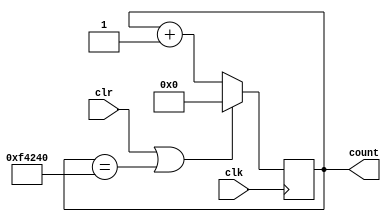
`timescale 1ns / 1ps

// Reference:  https://blog.digilentinc.com/how-to-control-a-servo-with-fpga/

module pwmcounter (
	input clr,
	input clk,
	output reg [19:0]count
);
    initial
    begin
    count<=0;
    end
    // Run on the positive edge of the clock
	always @ (posedge clk)
	begin
	    // If the clear button is being pressed or the count
	    // value has been reached, set count to 0.
	    // This constant depends on the refresh rate required by the
	    // servo motor you are using. This creates a refresh rate
	    // of 10ms. 100MHz/(1/10ms) or (system clock)/(1/(Refresh Rate)).
		if (clr == 1'b1 || count == 23'd1000000) //removed 1 zero
			begin
			count <= 20'b0;
			end
		// If clear is not being pressed and the 
		// count value is not reached, continue to increment
		// count. 
		else
			begin
			count <= count + 1'b1;
			end
	end
endmodule